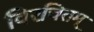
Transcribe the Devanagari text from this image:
विरचितम्